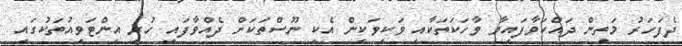
ދެފަހަރު މަތިން ދައްކަވާފައިވާ ވާހަކަތަކާއި ވަކިވަކިން އެކި ނޫސްތަކަށް ދެއްވާފައި ހުރި އިންޓަވިއުތަކުގައި